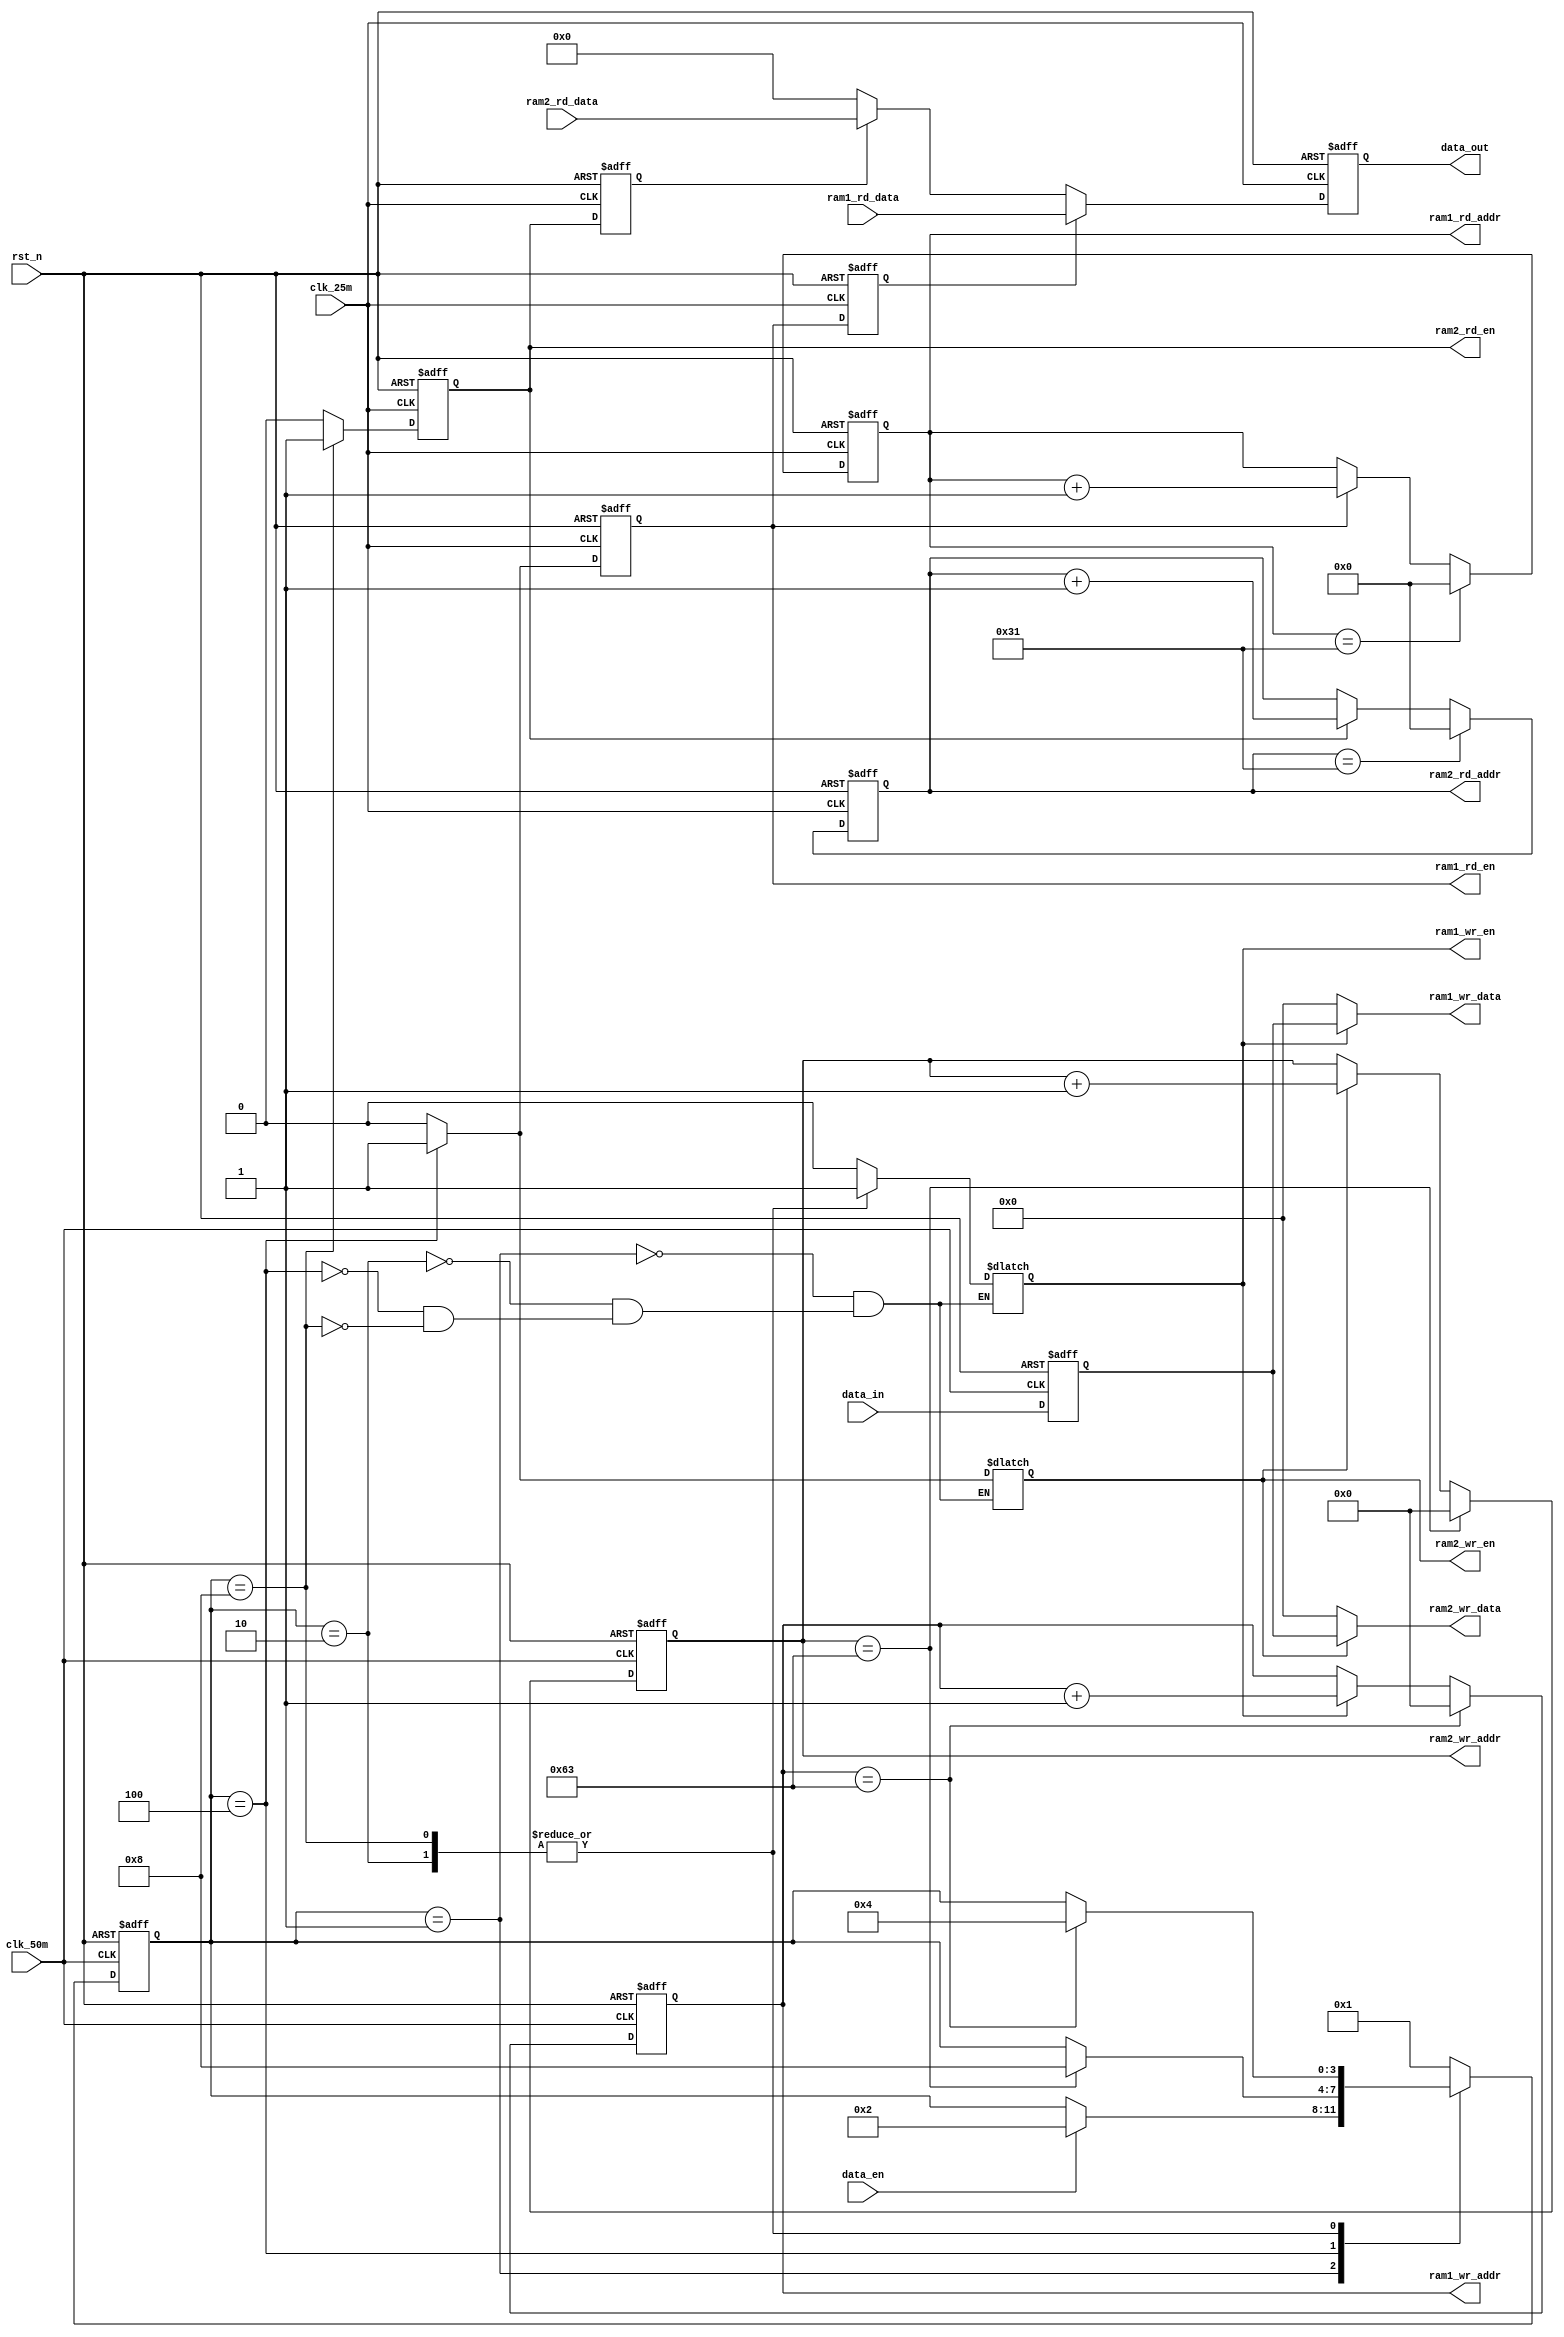
module  ram_ctrl(
    input     wire              clk_25m      ,
    input     wire              clk_50m      ,
    input     wire              rst_n       ,
    input     wire              data_en     ,
    input     wire    [7:0]     data_in     ,
    input     wire    [15:0]    ram1_rd_data,
    input     wire    [15:0]    ram2_rd_data,
                        
    output    reg               ram1_wr_en  ,
    output    reg     [6:0]     ram1_wr_addr,
    output    wire    [7:0]     ram1_wr_data,
    output    reg               ram2_wr_en  ,
    output    reg     [6:0]     ram2_wr_addr,
    output    wire    [7:0]     ram2_wr_data,
    output    reg               ram1_rd_en  ,
    output    reg     [5:0]     ram1_rd_addr,   
    output    reg               ram2_rd_en  ,
    output    reg     [5:0]     ram2_rd_addr,   
    output    reg     [15:0]    data_out       

);

parameter   IDEL          = 4'b0001,
            WRAM1         = 4'b0010,
            WRAM2_RRAM1   = 4'b0100,
            WRAM1_RRAM2   = 4'b1000;

reg     [7:0]   data_in_reg;
reg     [3:0]   state;

reg     ram1_rd_en_reg;
reg     ram2_rd_en_reg;

always@(negedge clk_50m or negedge rst_n)
    if(rst_n == 1'b0)
        data_in_reg <= 8'd0;
    else
        data_in_reg <= data_in;

always@(negedge clk_50m or negedge rst_n)
    if(rst_n == 1'b0)
        state <= IDEL;
    else   case(state)
        IDEL:   
            if(data_en)
                state <= WRAM1;
        WRAM1:
            if(ram1_wr_addr == 7'd99)
                state <= WRAM2_RRAM1;
        WRAM2_RRAM1:
            if(ram2_wr_addr == 7'd99)
                state <= WRAM1_RRAM2;
        WRAM1_RRAM2:
            if(ram1_wr_addr == 7'd99)
                state <= WRAM2_RRAM1;
        default:
                state <= IDEL;
                
    endcase

// assign ram1_wr_en = (state == WRAM1 || state == WRAM1_RRAM2);
// assign ram2_wr_en = (state == WRAM2_RRAM1);


always@(*)
    case(state)
        IDEL:
            begin
                ram1_wr_en = 1'b0;
                ram2_wr_en = 1'b0;
            end
        WRAM1:
            begin
                ram1_wr_en = 1'b1;
                ram2_wr_en = 1'b0;
            end                
        WRAM2_RRAM1:
            begin
                ram1_wr_en = 1'b0;
                ram2_wr_en = 1'b1;
            end     
        WRAM1_RRAM2:
            begin
                ram1_wr_en = 1'b1;
                ram2_wr_en = 1'b0;
            end             
        default:;
    endcase

always@(negedge clk_50m or negedge rst_n)
    if(rst_n == 1'b0)
        ram1_wr_addr <= 7'd0;
    else    if(ram1_wr_addr == 7'd99)
        ram1_wr_addr <= 7'd0;
    else    if(ram1_wr_en == 1'b1)
        ram1_wr_addr <= ram1_wr_addr + 1'b1;

always@(negedge clk_50m or negedge rst_n)
    if(rst_n == 1'b0)
        ram2_wr_addr <= 7'd0;
    else    if(ram2_wr_addr == 7'd99)
        ram2_wr_addr <= 7'd0;
    else    if(ram2_wr_en == 1'b1)
        ram2_wr_addr <= ram2_wr_addr + 1'b1;

assign ram1_wr_data = (ram1_wr_en == 1'b1)? data_in_reg : 8'd0;
assign ram2_wr_data = (ram2_wr_en == 1'b1)? data_in_reg : 8'd0;

always@(negedge clk_25m or negedge rst_n)
    if(rst_n == 1'b0)
        ram1_rd_en <= 1'b0;
    else    if(state == WRAM2_RRAM1)
        ram1_rd_en <= 1'b1;
    else
        ram1_rd_en <= 1'b0;

always@(negedge clk_25m or negedge rst_n)
    if(rst_n == 1'b0)
        ram2_rd_en <= 1'b0;
    else    if(state == WRAM1_RRAM2)
        ram2_rd_en <= 1'b1;
    else
        ram2_rd_en <= 1'b0;
        
always@(negedge clk_25m or negedge rst_n)
    if(rst_n == 1'b0)   
        ram1_rd_addr <= 6'd0;
    else    if(ram1_rd_addr == 6'd49)
        ram1_rd_addr <= 6'd0;
    else    if(ram1_rd_en == 1'b1)
        ram1_rd_addr <= ram1_rd_addr + 1'b1;

always@(negedge clk_25m or negedge rst_n)
    if(rst_n == 1'b0)   
        ram2_rd_addr <= 6'd0;
    else    if(ram2_rd_addr == 6'd49)
        ram2_rd_addr <= 6'd0;
    else    if(ram2_rd_en == 1'b1)
        ram2_rd_addr <= ram2_rd_addr + 1'b1;
        
always@(negedge clk_25m or negedge rst_n)
    if(rst_n == 1'b0) 
        ram1_rd_en_reg <= 1'b0;
    else
        ram1_rd_en_reg <= ram1_rd_en;

always@(negedge clk_25m or negedge rst_n)
    if(rst_n == 1'b0) 
        ram2_rd_en_reg <= 1'b0;
    else
        ram2_rd_en_reg <= ram2_rd_en;

always@(negedge clk_25m or negedge rst_n)
    if(rst_n == 1'b0)  
        data_out <= 16'd0;
    else    if(ram1_rd_en_reg == 1'b1)
        data_out <= ram1_rd_data;
    else    if(ram2_rd_en_reg == 1'b1)
        data_out <= ram2_rd_data;       
    else
        data_out <= 16'd0;

endmodule